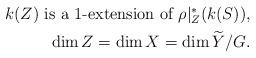
LaTeX: \begin{align*}\mbox{$k(Z)$ is a $1$-extension of $\rho|_Z^*(k(S))$,}\\\dim Z=\dim X=\dim {\widetilde Y}/G.\end{align*}